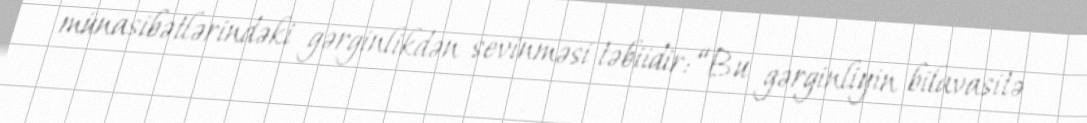
münasibətlərindəki gərginlikdən sevinməsi təbiidir: “Bu gərginliyin bilavasitə